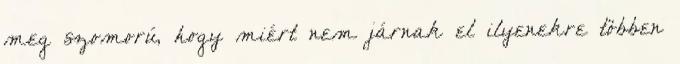
meg szomorú, hogy miért nem járnak el ilyenekre többen